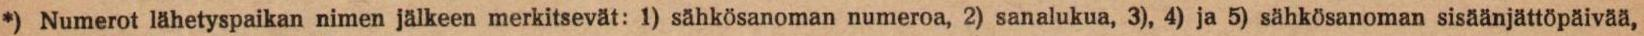
*) Numerot lähetyspaikan nimen jälkeen merkitsevät: 1) sähkösanoman numeroa, 2) sanalukua, 3), 4) ja 5) sähkösanoman sisäänjättöpäivää,